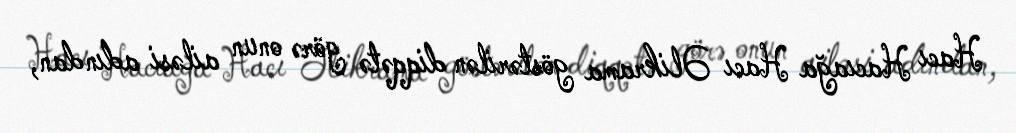
Hacı Hacıağa Hacı Əlikrama göstərilən diqqətə görə onun ailəsi adından,